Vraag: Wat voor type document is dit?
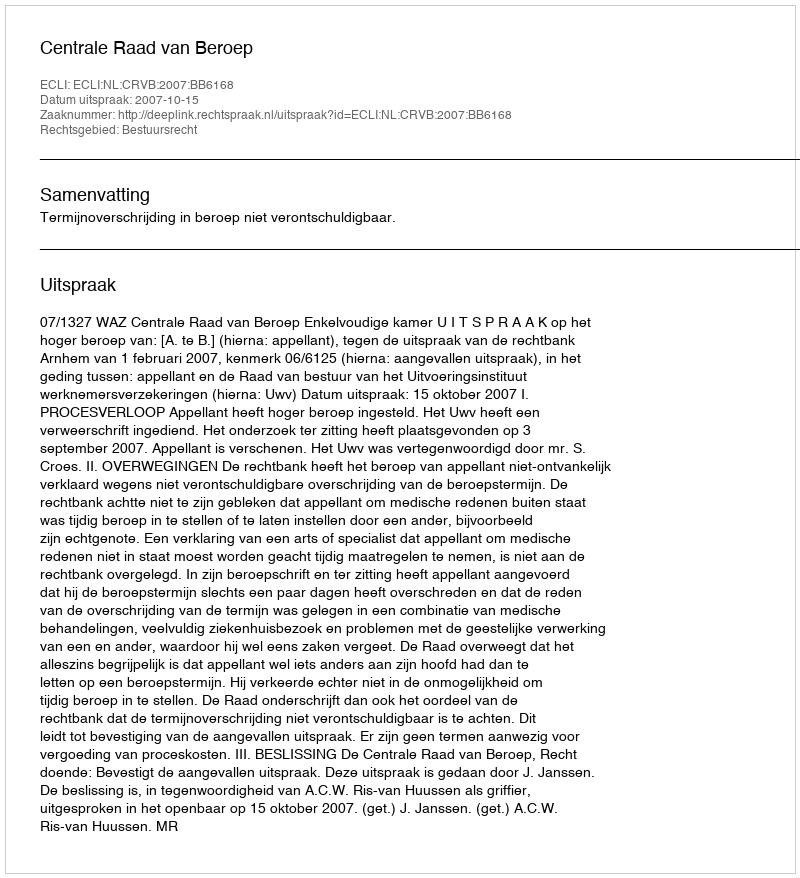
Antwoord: Uitspraak